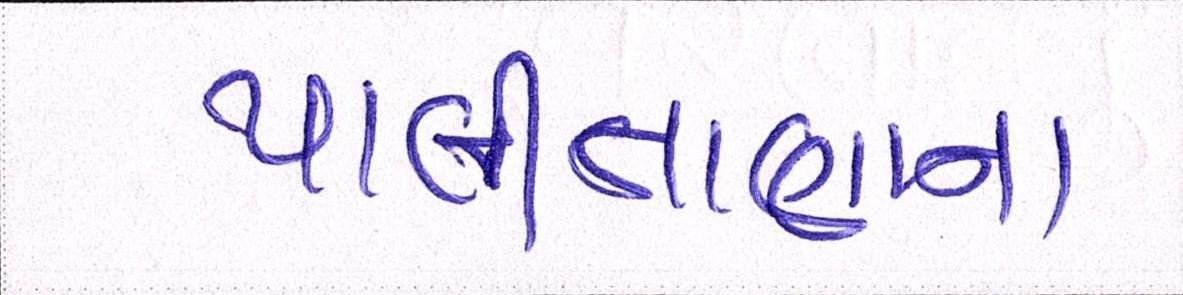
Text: પાલીતાણાના